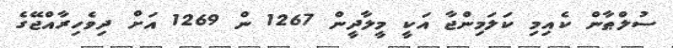
ސުލްޠާން ކެއިމި ކަލަމިންޖާ އަކީ މީލާދީން 1267 ން 1269 އަށް ދިވެހިރާއްޖޭގެ